Civil Veterinary Dept. Bombay admin report 1907-1913 - 1907-1913
Year: 1907
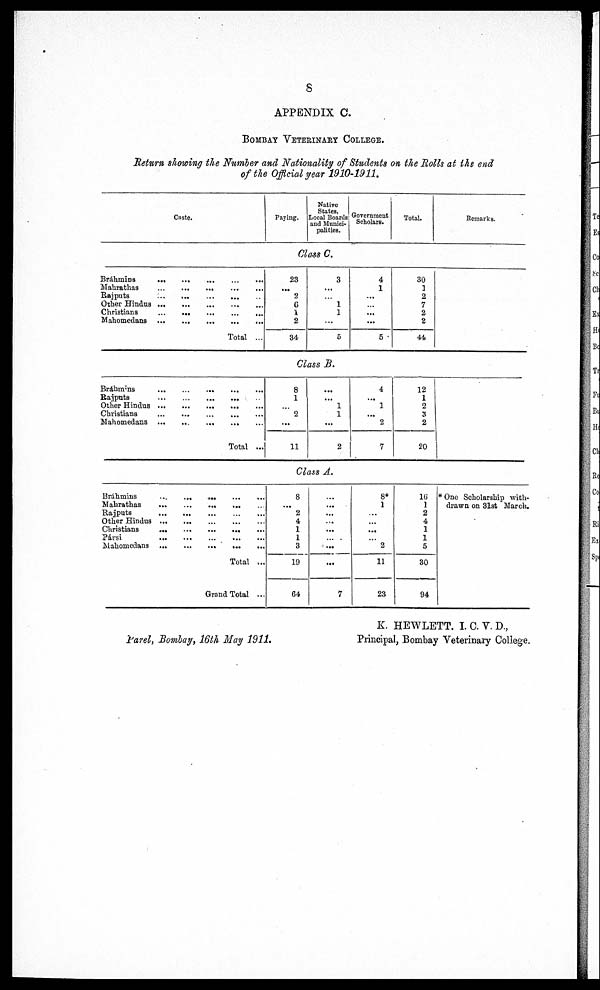
8
APPENDIX C.
BOMBAY VETERINARY COLLEGE.
Return showing the Number and Nationality of Students on the Rolls at the end
of the Official year 1910-1911.
Caste.
Paying.
Native
States,
Local Hoards
and Munici-
palities.
Government
Scholars.
Total.
Remarks.
Class C.
Bráhmins ... ... ... ... ..
Mahrathas
...
...
... ... ...
Rajputs ... ... ... ...
Other Hindus
...
...
... ... ...
Christians
...
...
...
...
...
Mahomedana..............
Total
23
...
2
6
1
2
34
3
...
...
1
1
...
5
4
1
...
...
...
...
5
30
1
2
7
2
2
44
Class B.
Bráhmins ... .. ... ... ...
Rajputs
... ... ...... ...
Other
Hindus...
... ..
...
...
Christians
...
... ... ... ...
Mahomedans
...
...
... ... ...
Total ...
8
1
...
2
...
11
...
...
1
1
...
2
4
...
1
...
2
7
12
1
2
3
2
20
Class A.
Bráhmins ... ... ... ... ...
Mahrathas
...
...
... ...
Rajputs
...
...
...
...
...
Other Hindus ...
...
...
...
Christians
...
...
...
...
...
Pársi
...
...
...
...
...
Mahomedans
...
...
...
...
...
Total...
Grand Total ....
8
...
2
4
1
1
3
19
64
...
...
...
...
...
...
...
...
7
8*
1
...
...
...
...
2
11
23
16
1
2
4
1
1
5
30
94
* One Scholarship with-
drawn on 31st March.
Parel, Bombay, 16th May 1911.
K. HEWLETT. I.C.V.D.,
Principal, Bombay Veterinary College.